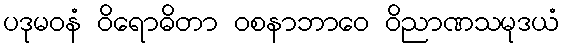
ပဒုမဝနံ ဝိရောဓိတာ ဝစနာဘာဝေ ဝိညာဏသမုဒယံ